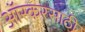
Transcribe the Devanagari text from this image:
ऑस्करसाठी